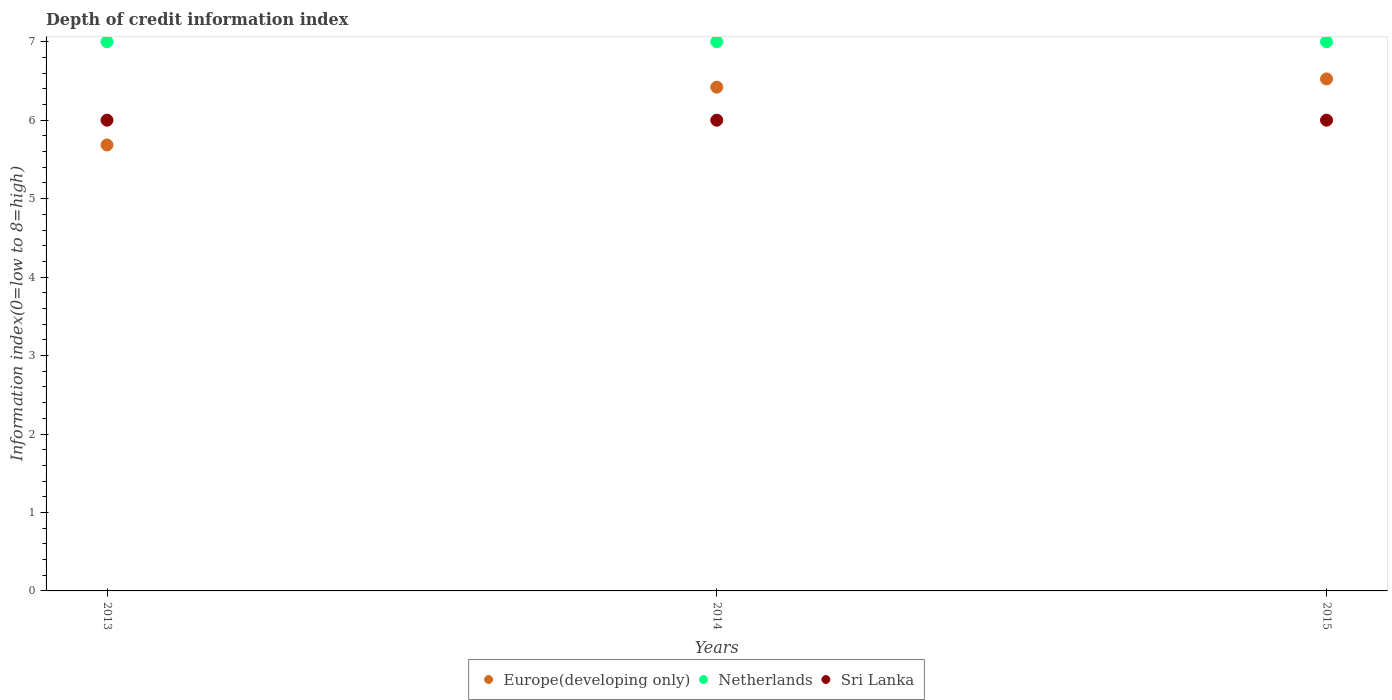
| Years | Europe(developing only) | Netherlands | Sri Lanka |
 | --- | --- | --- | --- |
 | 2013 | 5.68 | 7 | 6 |
 | 2014 | 6.42 | 7 | 6 |
 | 2015 | 6.53 | 7 | 6 |